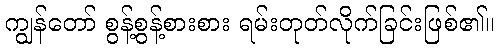
ကျွန်တော် စွန့်စွန့်စားစား ရမ်းတုတ်လိုက်ခြင်းဖြစ်၏။